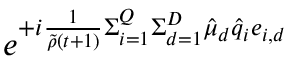
e ^ { + i \frac { 1 } { \Tilde { \rho } ( t + 1 ) } \Sigma _ { i = 1 } ^ { Q } \Sigma _ { d = 1 } ^ { D } \hat { \mu } _ { d } \hat { q } _ { i } e _ { i , d } }